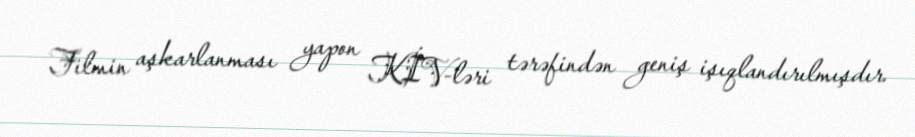
Filmin aşkarlanması yapon KİV-ləri tərəfindən geniş işıqlandırılmışdır.